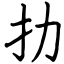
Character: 扐